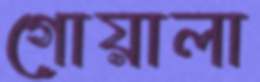
গোয়ালা